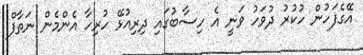
އޭގެފަހުން ހުކުރު ދުވަހު ވަނީ އެ ހިސާބުގައި ދިރިއުޅޭ ހުރިހާ އެންމެން ނަތާފް